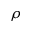
\rho